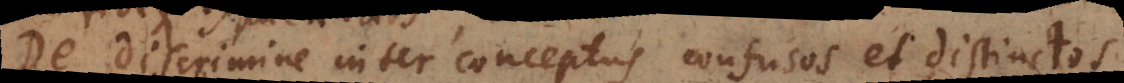
De discrimine inter conceptus confusos et distinctos